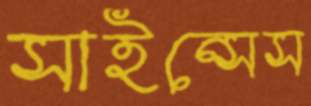
সাইন্সেস